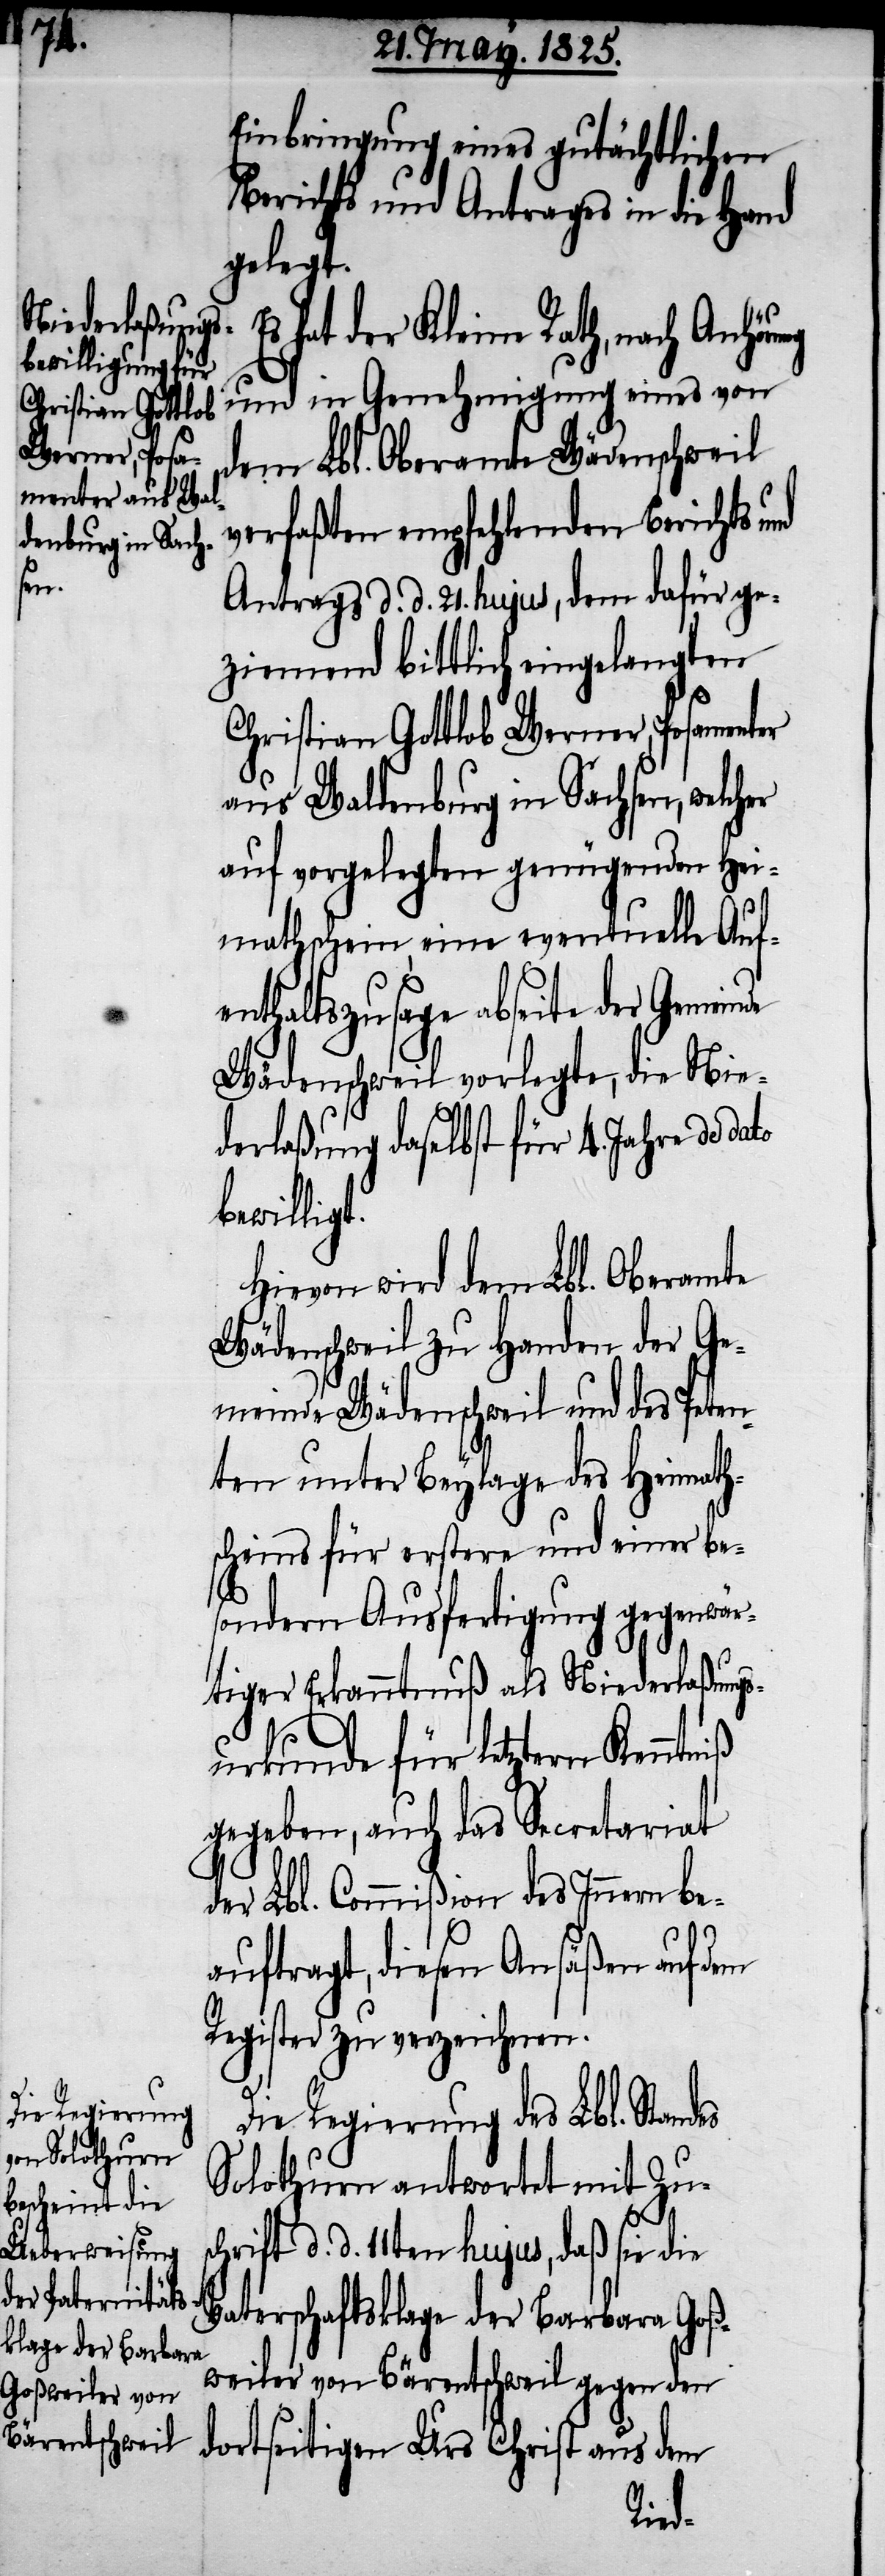
Einbringung eines gutächtlichen
Berichts und Antrages in die Hand
gelegt.
hat der Kleine Rath, nach
und in Genehmigung eines von
dem Lbl. Oberamte Wädenschweil
verfaßten empfehlenden Berichts u¬
des
Antrags d. d. 21. hujus, dem dafür ge¬
ziemend bittlich eingelangten
Christian Gottlob Werner, Posamenter
aus Waldenburg in Sachsen, welcher
auf vorgelegten genügenden Hei¬
mathschein, eine eventuelle Auf¬
enthaltszusage abseite der Gemeinde
Wädenschweil vorlegte, die Nie¬
derlaßung daselbst für 4. Jahre de dato
bewillig¬
Hievon wird dem Lbl. Oberamte
Wädenschweil zu Handen der Ge¬
meinde Wädenschweil und des Peten¬
ten unter Beylage des Heimath¬
scheins für erstere und einer be¬
sondern Ausfertigung gegenwär¬
tiger Erkanntnuß als Niederlaßungs¬
urkunde für letztern Kenntniß
gegeben, auch das Secretariat
der Lbl. Commißion des Innern be¬
auftragt, diesen Ansäßen auf
Register zu verzeichnen.
Die Regierung des Lbl. Stan¬
Solothurn antwortet mit Zus¬
t.
chrift d. d. 11ten hujus, daß sie die
Vaterschaftsklage der Barbara Goß¬
weiler von Bärentschweil gegen den
dortseitigen Urs Christ aus dem